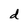
Character: d